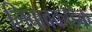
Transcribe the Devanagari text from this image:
लिबावकोडेक